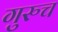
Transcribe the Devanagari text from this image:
गुरुच